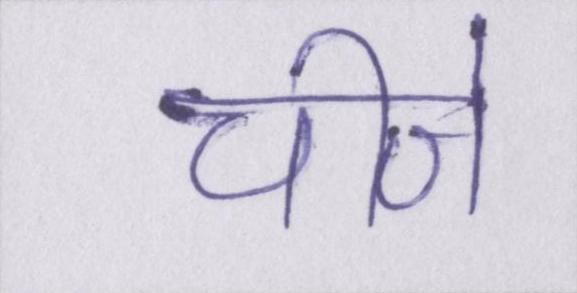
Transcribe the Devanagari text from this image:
चीजे